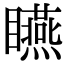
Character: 𥍂